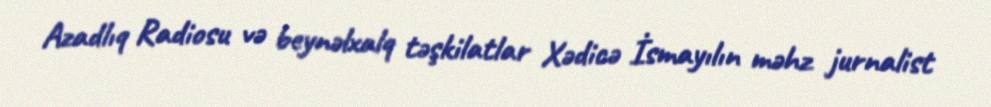
Azadlıq Radiosu və beynəlxalq təşkilatlar Xədicə İsmayılın məhz jurnalist